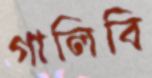
গালিবি